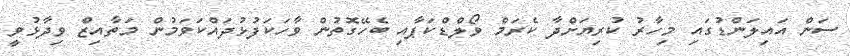
ސަން އައިލަންޑުގައި މިހާރު ކުރިޔަށްދާ ކެރަމް ވޯލްޑްކަޕާއި ބެހޭގޮތުން ވާހަކަފުޅުދައްކަވަމުން މަތާއިޒް ވިދާޅުވީ